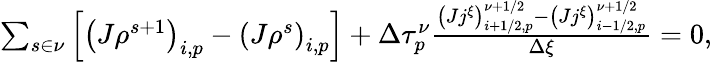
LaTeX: \begin{array}{r}{\sum_{s\in\nu}\left[\left(J\rho^{s+1}\right)_{i,p}-\left(J\rho^{s}\right)_{i,p}\right]+\Delta\tau_{p}^{\nu}\frac{\left(Jj^{\xi}\right)_{i+1/2,p}^{\nu+1/2}-\left(Jj^{\xi}\right)_{i-1/2,p}^{\nu+1/2}}{\Delta\xi}=0,}\end{array}